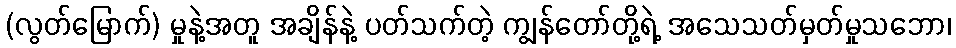
(လွတ်မြောက်) မှုနဲ့အတူ အချိန်နဲ့ ပတ်သက်တဲ့ ကျွန်တော်တို့ရဲ့ အသေသတ်မှတ်မှုသဘော၊